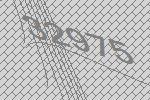
32975